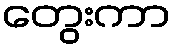
တွေးကာ